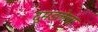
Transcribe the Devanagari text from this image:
दुमडलेला